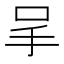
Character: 𠰅